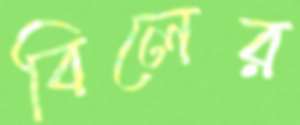
বিলের